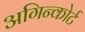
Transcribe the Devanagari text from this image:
अगिन्कोर्ट